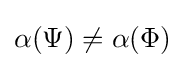
\alpha (\Psi )\neq \alpha (\Phi )